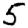
Digit: 5